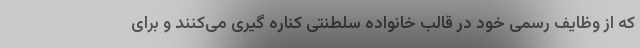
که از وظایف رسمی خود در قالب خانواده سلطنتی کناره گیری می‌کنند و برای